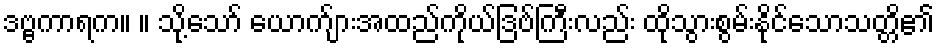
ဒဗ္ဗကာရက။ ။ သို့သော် ယောက်ျားအထည်ကိုယ်ဒြဗ်ကြီးလည်း ထိုသွားစွမ်းနိုင်သောသတ္တိ၏